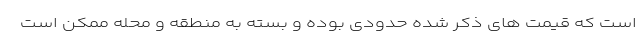
است که قیمت های ذکر شده حدودی بوده و بسته به منطقه و محله ممکن است